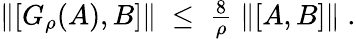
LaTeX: \begin{array}{r}{\| [G_{\rho}(A),B]\| \; \leq\; \frac{8}{\rho}\; \| [A,B]\| \; .}\end{array}